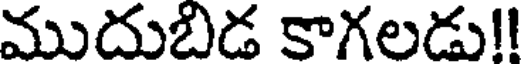
ముదుబిడ కాగలడు!!